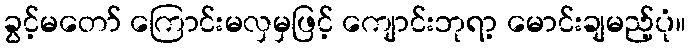
ခွင့်မတော် ကြောင်းမလှမှဖြင့် ကျောင်းဘုရာ့ မောင်းချမည့်ပုံ။